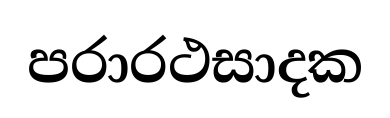
පරාරථසාදක